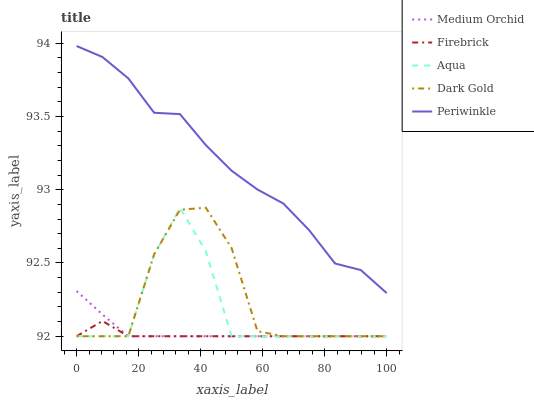
| xaxis_label | Medium Orchid | Firebrick | Aqua | Dark Gold | Periwinkle |
 | --- | --- | --- | --- | --- | --- |
 | 0 | 92.3 | 92 | 92 | 92 | 94 |
 | 8.33 | 92.1 | 92.1 | 92 | 92 | 93.9 |
 | 16.7 | 92 | 92 | 92 | 92 | 93.8 |
 | 25 | 92 | 92 | 92.6 | 92.6 | 93.5 |
 | 33.3 | 92 | 92 | 92.9 | 92.9 | 93.5 |
 | 41.7 | 92 | 92 | 92.6 | 92.9 | 93.3 |
 | 50 | 92 | 92 | 92 | 92.6 | 93.1 |
 | 58.3 | 92 | 92 | 92 | 92 | 93 |
 | 66.7 | 92 | 92 | 92 | 92 | 92.9 |
 | 75 | 92 | 92 | 92 | 92 | 92.7 |
 | 83.3 | 92 | 92 | 92 | 92 | 92.5 |
 | 91.7 | 92 | 92 | 92 | 92 | 92.5 |
 | 100 | 92 | 92 | 92 | 92 | 92.3 |